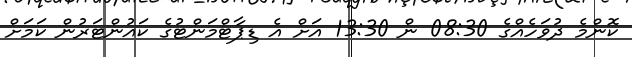
ކޮންމެ ދުވަހެއްގެ 08:30 ން 13:30 އަށް އެ ޑިޕާޓްމަންޓުގެ ކައުންޓަރުން ކަމަށް